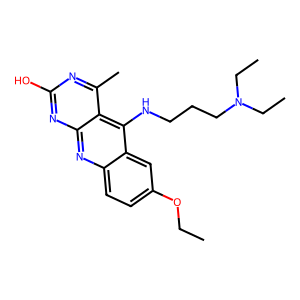
SMILES: CCOc1ccc2nc3nc(O)nc(C)c3c(NCCCN(CC)CC)c2c1
Inhibits HIV replication: No